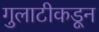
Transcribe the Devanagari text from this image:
गुलाटीकडून